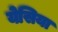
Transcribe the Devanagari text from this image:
येसिया